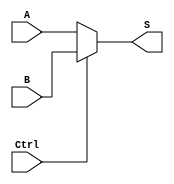
`timescale 1ns / 1ps

module DataSelect_2choices_5bits(
  input [4:0] A, 
  input [4:0] B, 
  input Ctrl, 
  output [4:0] S
);
  assign S = (Ctrl == 1'b0 ? A : B);
endmodule